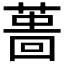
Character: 𦸜